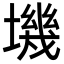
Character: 㙨